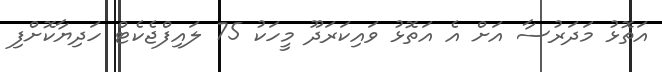
އަތޮޅު މަދަރުސާ އަށް އެ އަތޮޅު ވައިކަރަދޫ މީހަކު 75 ލައިފްޖެކެޓް ހަދިޔާކޮށްފި